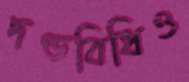
দণ্ডবিধিও